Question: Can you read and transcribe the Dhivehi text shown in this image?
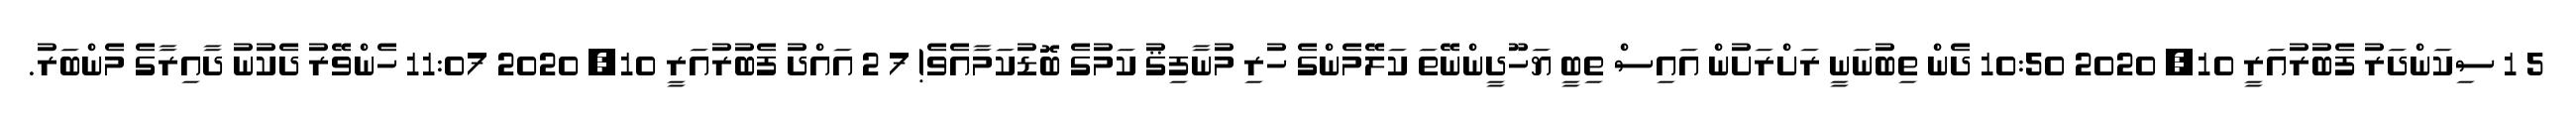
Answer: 5 1 ސިކަންދަރު ފެބުރުއަރީ 10, 2020 10:50 ދެން ތިބުނަނީ ރަށްރަށުން އައިސް ތިބީ ޔަހޫދީންނޭތަ ކަލޭމެންގެ ހުރި މުނާފިޤު ކަމުގެ ބޮޑުކަމާއެވެ! 7 2 އައްދު ފެބުރުއަރީ 10, 2020 11:07 ހެންވޭރު ދެކުނު ދާއިރާގެ މެންބަރު.